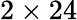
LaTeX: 2\times 24